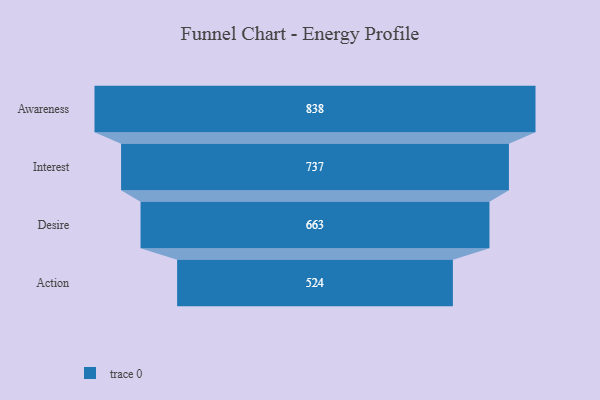
{"axis": {"x": "Stage", "y": "Value"}, "legend": [""], "data": [{"x": "Awareness", "y": 838.0, "type": ""}, {"x": "Interest", "y": 737.0, "type": ""}, {"x": "Desire", "y": 663.0, "type": ""}, {"x": "Action", "y": 524.0, "type": ""}]}